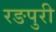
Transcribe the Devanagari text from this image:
रङपुरी